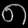
Digit: ၈